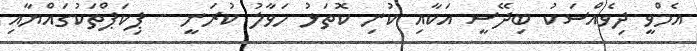
އެމްވީ ދިވެއްސަކު ބިދޭސީ އަކާއި ކުނި ކޮތަޅު ހަވާލު ކުރަނީ - ޕިކަޕްތަކުގައްޔާއި